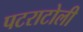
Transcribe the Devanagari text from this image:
पटराटोली